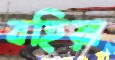
বহিয়া